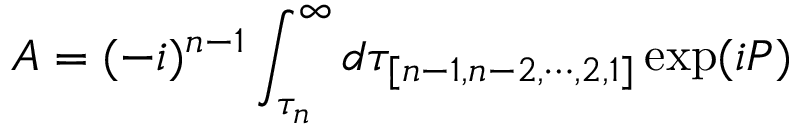
A = ( - i ) ^ { n - 1 } \int _ { \tau _ { n } } ^ { \infty } d \tau _ { [ n - 1 , n - 2 , \cdots , 2 , 1 ] } \exp ( i P ) \,